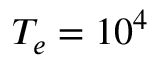
T _ { e } = 1 0 ^ { 4 }